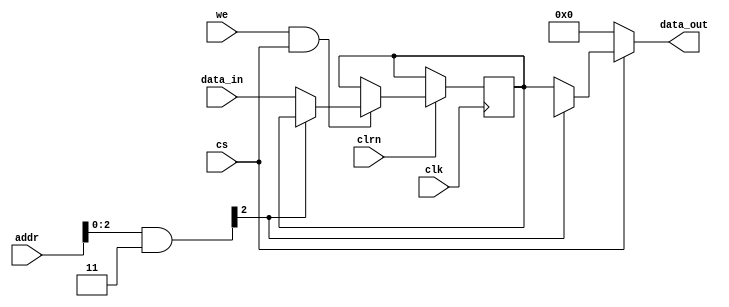
//Universal RAM
module seqram(input clk, clrn,
            input we,
            input cs,
            input[31:0] addr,
            input[31:0] data_in,
            output reg[31:0] data_out);
            
parameter A_WIDTH = 0; //Address Bit width (gives 2^A_WIDTH 32 bit words)
parameter READ_DELAY = 0;

reg[31:0] ram[0:(1<<A_WIDTH)-1]; //Nx32 Instruction RAM
wire [31:0] addrmasked;
integer i;
assign addrmasked = addr & 2**(A_WIDTH+2)-1;
always @(posedge clk or negedge clrn) begin
    if (!clrn)
      for (i = 0; i < (1<<A_WIDTH)-1; i = i + 1)
        ram[i]  <= 0;                   // reset
    else 
      if(we & cs) begin
        //Ram accesses in this system are word-oriented
        ram[addrmasked>>2] <= data_in;
    end
end

generate
    if(READ_DELAY == 0) begin
        //Asynchronous read (in the same clock cycle)
        always @(*) data_out = cs ? ram[addrmasked>>2] : 0;
    end else if(READ_DELAY == 1) begin
        //Registered read (ready by next clock cycle)
        always @(posedge clk) begin
            if(cs) data_out <= ram[addrmasked>>2];
            else data_out <= 0;
        end
    end
endgenerate

initial begin
    for (i = 0; i < (1<<A_WIDTH)-1; i = i + 1)
        ram[i]  <= 0;                   // reset
end

endmodule